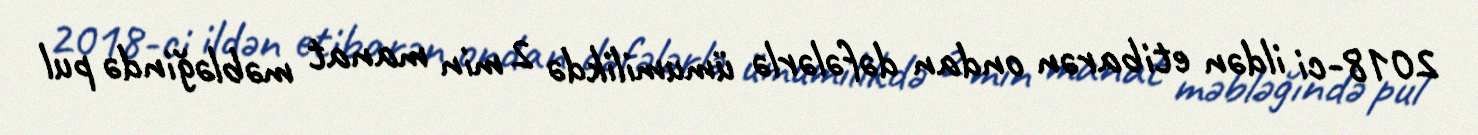
2018-ci ildən etibarən ondan dəfələrlə ümumilikdə 2 min manat məbləğində pul